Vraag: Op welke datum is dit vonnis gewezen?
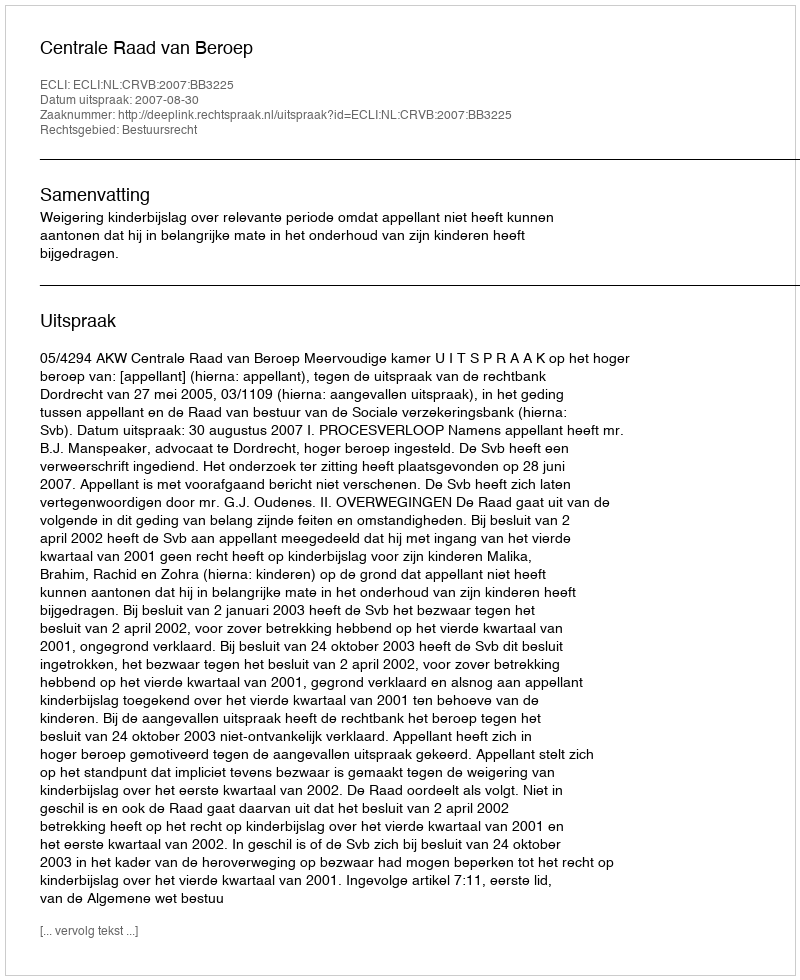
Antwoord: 2007-08-30